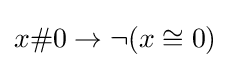
x\#0\to \neg (x\cong 0)